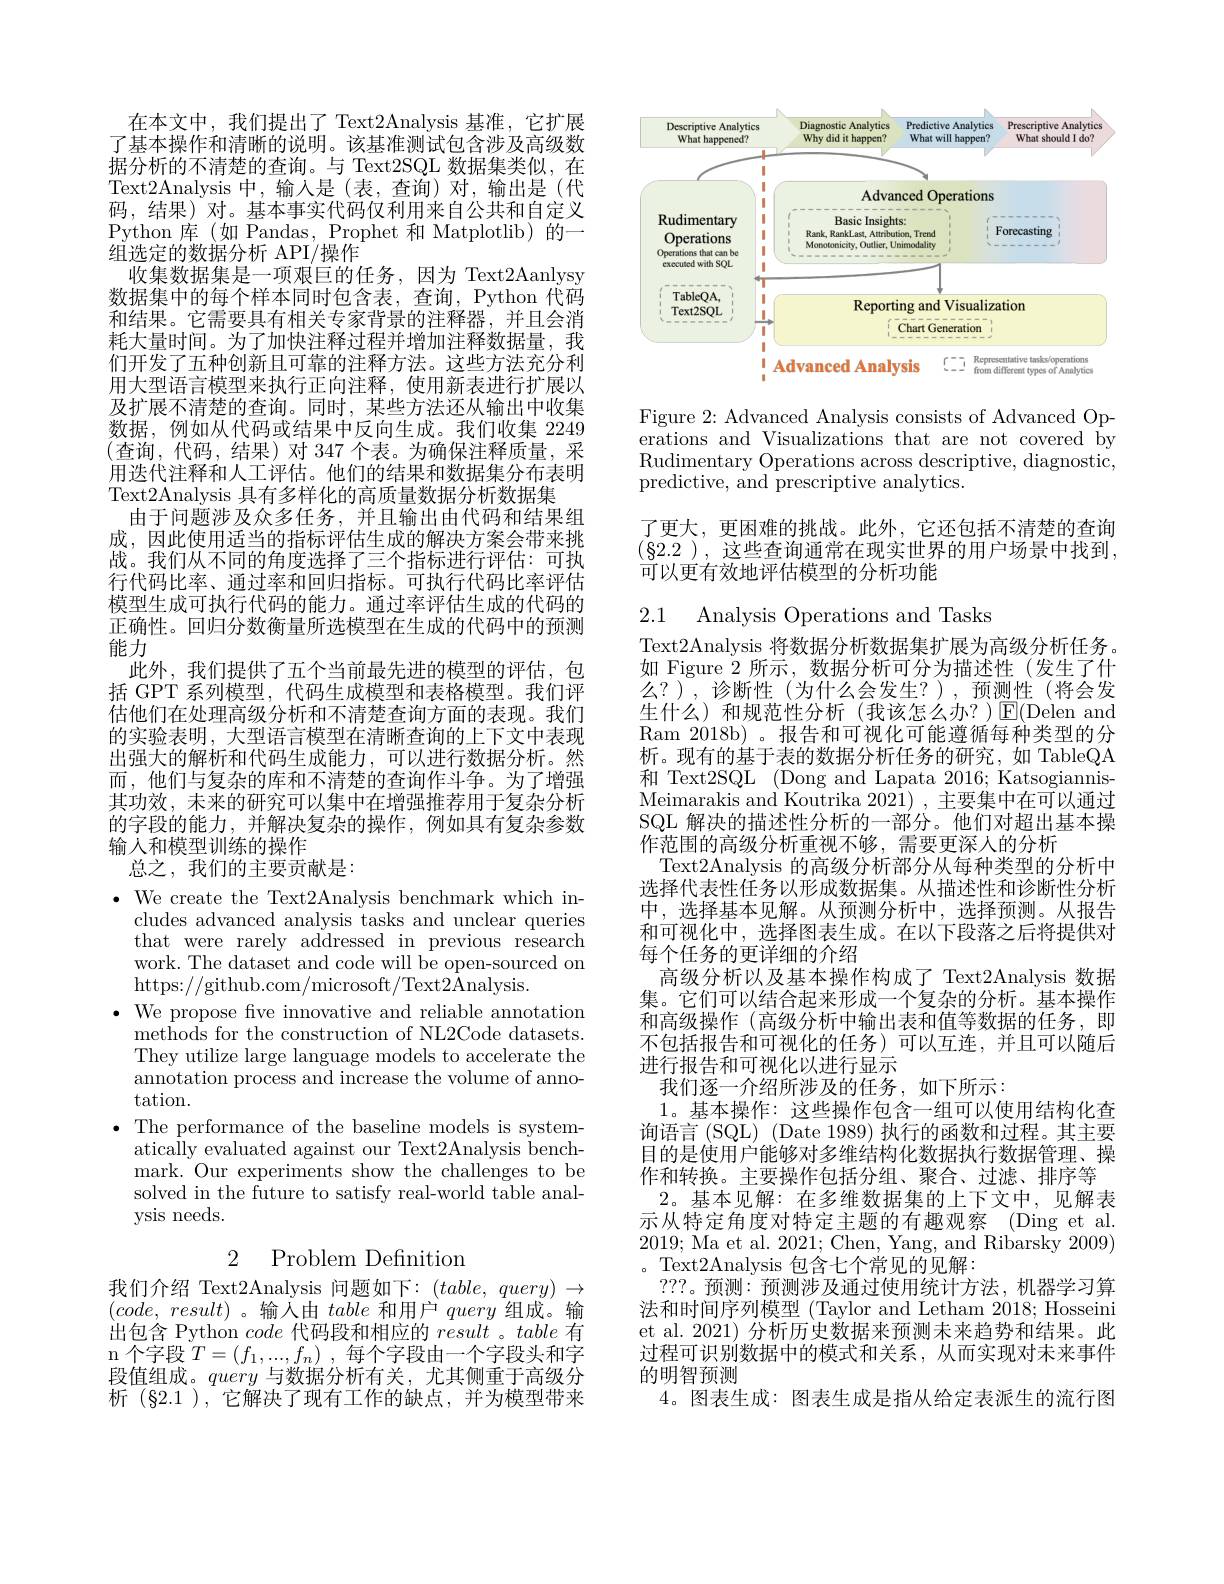
在本文中，我们提出了 Text2Analysis 基准，它扩展了基本操作和清晰的说明。该基准测试包含涉及高级数据分析的不清楚的查询。与 Text2SQL 数据集类似，在Text2Analysis 中，输入是(表，查询)对，输出是(代码，结果) 对。基本事实代码仅利用来自公共和自定义Python 库(如 Pandas, Prophet 和 Matplotlib)的一组选定的数据分析 API/操作
收集数据集是一项艰巨的任务，因为 Text2Aanlysy 数据集中的每个样本同时包含表，查询，Python 代码和结果。它需要具有相关专家背景的注释器，并且会消耗大量时间。为了加快注释过程并增加注释数据量，我们开发了五种创新且可靠的注释方法。这些方法充分利用大型语言模型来执行正向注释，使用新表进行扩展以及扩展不清楚的查询。同时，某些方法还从输出中收集数据，例如从代码或结果中反向生成。我们收集 2249 (查询，代码，结果)对 347 个表。为确保注释质量，采用迭代注释和人工评估。他们的结果和数据集分布表明Text2Analysis 具有多样化的高质量数据分析数据集
由于问题涉及众多任务，并且输出由代码和结果组成，因此使用适当的指标评估生成的解决方案会带来挑战。我们从不同的角度选择了三个指标进行评估：可执行代码比率、通过率和回归指标。可执行代码比率评估模型生成可执行代码的能力。通过率评估生成的代码的正确性。回归分数衡量所选模型在生成的代码中的预测能力
此外，我们提供了五个当前最先进的模型的评估，包括 GPT 系列模型，代码生成模型和表格模型。我们评估他们在处理高级分析和不清楚查询方面的表现。我们的实验表明，大型语言模型在清晰查询的上下文中表现出强大的解析和代码生成能力，可以进行数据分析。然而，他们与复杂的库和不清楚的查询作斗争。为了增强其功效，未来的研究可以集中在增强推荐用于复杂分析的字段的能力，并解决复杂的操作，例如具有复杂参数输人和模型训练的操作
总之，我们的主要贡献是：
$\bullet$ We create the Text2Analysis benchmark which in-

cludes advanced analysis tasks and unclear queries that were rarely addressed in previous research work. The dataset and code will be open-sourced on https://github.com/microsoft/Text2Analysis.
$\bullet$ We propose fve innovative and reliable annotation
methods for the construction of NL2Code datasets. They utilize large language models to accelerate the annotation process and increase the volume of annotation.
$\bullet$ The performance of the baseline models is system-
atically evaluated against our Text2Analysis benchmark. Our experiments show the challenges to be solved in the future to satisfy real-world table analysis needs.

## 2 Problem Definition

我们介绍 Text2Analysis 问题如下：$(table,query)\to$ $( code$, $result)$。输入由table和用户query组成。输出包含 Python code代码段和相应的result 。table有n 个字段$T=(f_1,...,f_n)$ , 每个字段由一个字段头和字段值组成。query与数据分析有关，尤其侧重于高级分析 (§2.1),它解决了现有工作的缺点，并为模型带来

<FigureHere>

Figure 2: Advanced Analysis consists of Advanced Operations and Visualizations that are not covered by Rudimentary Operations across descriptive, diagnostic, predictive, and prescriptive analytics.

了更大，更困难的挑战。此外，它还包括不清楚的查询$(\S2.2)$,这些查询通常在现实世界的用户场景中找到可以更有效地评估模型的分析功能

2.1 Analysis Operations and Tasks

Text2Analysis 将数据分析数据集扩展为高级分析任务。如 Figure 2 所示，数据分析可分为描述性(发生了什么？),诊断性(为什么会发生？),预测性(将会发生什么)和规范性分析(我该怎么办？)$\operatorname{E}($Delen and Ram 2018b) 。报告和可视化可能遵循每种类型的分析。现有的基于表的数据分析任务的研究，如 TableQA 和 Text2SQL (Dong and Lapata 2016; KatsogiannisMeimarakis and Koutrika 2021) ,主要集中在可以通过SQL 解决的描述性分析的一部分。他们对超出基本操作范围的高级分析重视不够，需要更深人的分析
Text2Analysis 的高级分析部分从每种类型的分析中选择代表性任务以形成数据集。从描述性和诊断性分析中，选择基本见解。从预测分析中，选择预测。从报告和可视化中，选择图表生成。在以下段落之后将提供对每个任务的更详细的介绍
高级分析以及基本操作构成了 Text2Analysis 数据集。它们可以结合起来形成一个复杂的分析。基本操作和高级操作 (高级分析中输出表和值等数据的任务，即不包括报告和可视化的任务)可以互连，并且可以随后进行报告和可视化以进行显示
我们逐一介绍所涉及的任务，如下所示：
1。基本操作：这些操作包含一组可以使用结构化查询语言(SQL) (Date 1989) 执行的函数和过程。其主要目的是使用户能够对多维结构化数据执行数据管理、操作和转换。主要操作包括分组、聚合、过滤、排序等2。基本见解：在多维数据集的上下文中，见解表示从特定角度对特定主题的有趣观察(Ding et al. 2019; Ma et al. 2021; Chen, Yang, and Ribarsky 2009) 。Text2Analysis 包含七个常见的见解：
???。预测：预测涉及通过使用统计方法，机器学习算法和时间序列模型 (Taylor and Letham 2018; Hosseini et al. 2021) 分析历史数据来预测未来趋势和结果。此过程可识别数据中的模式和关系，从而实现对未来事件的明智预测
4。图表生成：图表生成是指从给定表派生的流行图